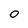
Character: 0